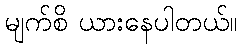
မျက်စိ ယားနေပါတယ်။